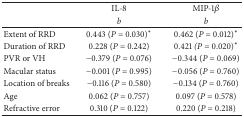
<table><thead><tr><td><b> </b></td><td><b>IL-8</b></td><td><b>MIP-1<i>β</i></b></td></tr><tr><td><b> </b></td><td><b><i>b</i></b></td><td><b><i>b</i></b></td></tr></thead><tbody><tr><td>Extent of RRD</td><td>0.443 (<i>P</i> = 0.030)<sup><i>∗</i></sup></td><td>0.462 (<i>P</i> = 0.012)<sup><i>∗</i></sup></td></tr><tr><td>Duration of RRD</td><td>0.228 (<i>P</i> = 0.242)</td><td>0.421<i> (P</i> = 0.020)<sup><i>∗</i></sup></td></tr><tr><td>PVR or VH</td><td>−0.379 (<i>P</i> = 0.076)</td><td>−0.344 (<i>P</i> = 0.069)</td></tr><tr><td>Macular status</td><td>−0.001 (<i>P</i> = 0.995)</td><td>−0.056 (<i>P</i> = 0.760)</td></tr><tr><td>Location of breaks</td><td>−0.116 (<i>P</i> = 0.580)</td><td>−0.134 (<i>P</i> = 0.760)</td></tr><tr><td>Age</td><td>0.062 (<i>P</i> = 0.757)</td><td>0.097 (<i>P</i> = 0.578)</td></tr><tr><td>Refractive error</td><td>0.310 (<i>P </i>= 0.122)</td><td>0.220 (<i>P</i> = 0.218)</td></tr></tbody></table>